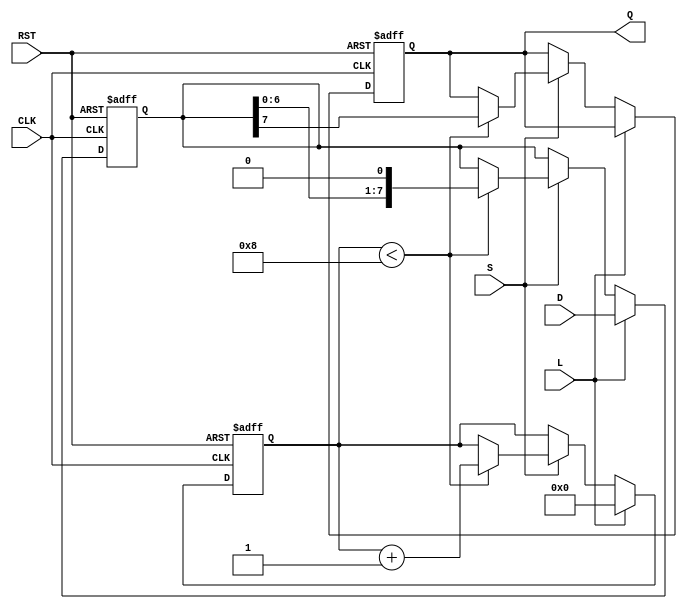
module piso_register #(parameter N = 8) (
    input wire [N-1:0] D,     // Parallel input data bus
    input wire L,             // Load signal
    input wire S,             // Shift signal
    input wire CLK,           // Clock signal
    input wire RST,           // Asynchronous reset signal
    output reg Q              // Serial output
);

    reg [N-1:0] shift_reg;    // Shift register to hold data
    reg [3:0] shift_count;     // Count for number of shifts
    
    always @(posedge CLK or posedge RST) begin
        if (RST) begin
            shift_reg <= {N{1'b0}}; // Clear the shift register
            Q <= 1'b0;
            shift_count <= 4'b0;
        end else if (L) begin
            shift_reg <= D; // Load data into shift register
            shift_count <= 4'b0; // Reset the shift count
        end else if (S) begin
            // Shift logic
            if (shift_count < N) begin
                Q <= shift_reg[N-1]; // Output the MSB
                shift_reg <= {shift_reg[N-2:0], 1'b0}; // Shift left
                shift_count <= shift_count + 1; // Increment shift count
            end
        end
    end

endmodule